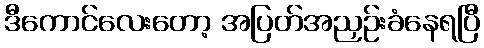
ဒီကောင်လေးတော့ အပြတ်အညှဉ်းခံနေရပြီ